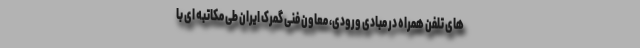
های تلفن همراه در مبادی ورودی، معاون فنی گمرک ایران طی مکاتبه ای با